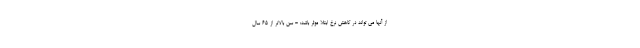
از آنها می تواند در کاهش نرخ ابتلا موثر باشد: - سن بالاتر از 65 سال